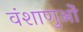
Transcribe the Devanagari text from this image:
वंशाणुओं